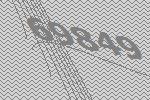
69849